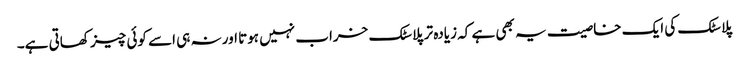
پلاسٹک کی ایک خاصیت یہ بھی ہے کہ زیادہ تر پلاسٹک خراب نہیں ہوتا اور نہ ہی اسے کوئی چیز کھاتی ہے۔